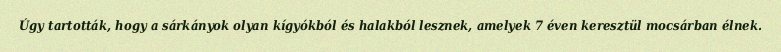
Úgy tartották, hogy a sárkányok olyan kígyókból és halakból lesznek, amelyek 7 éven keresztül mocsárban élnek.